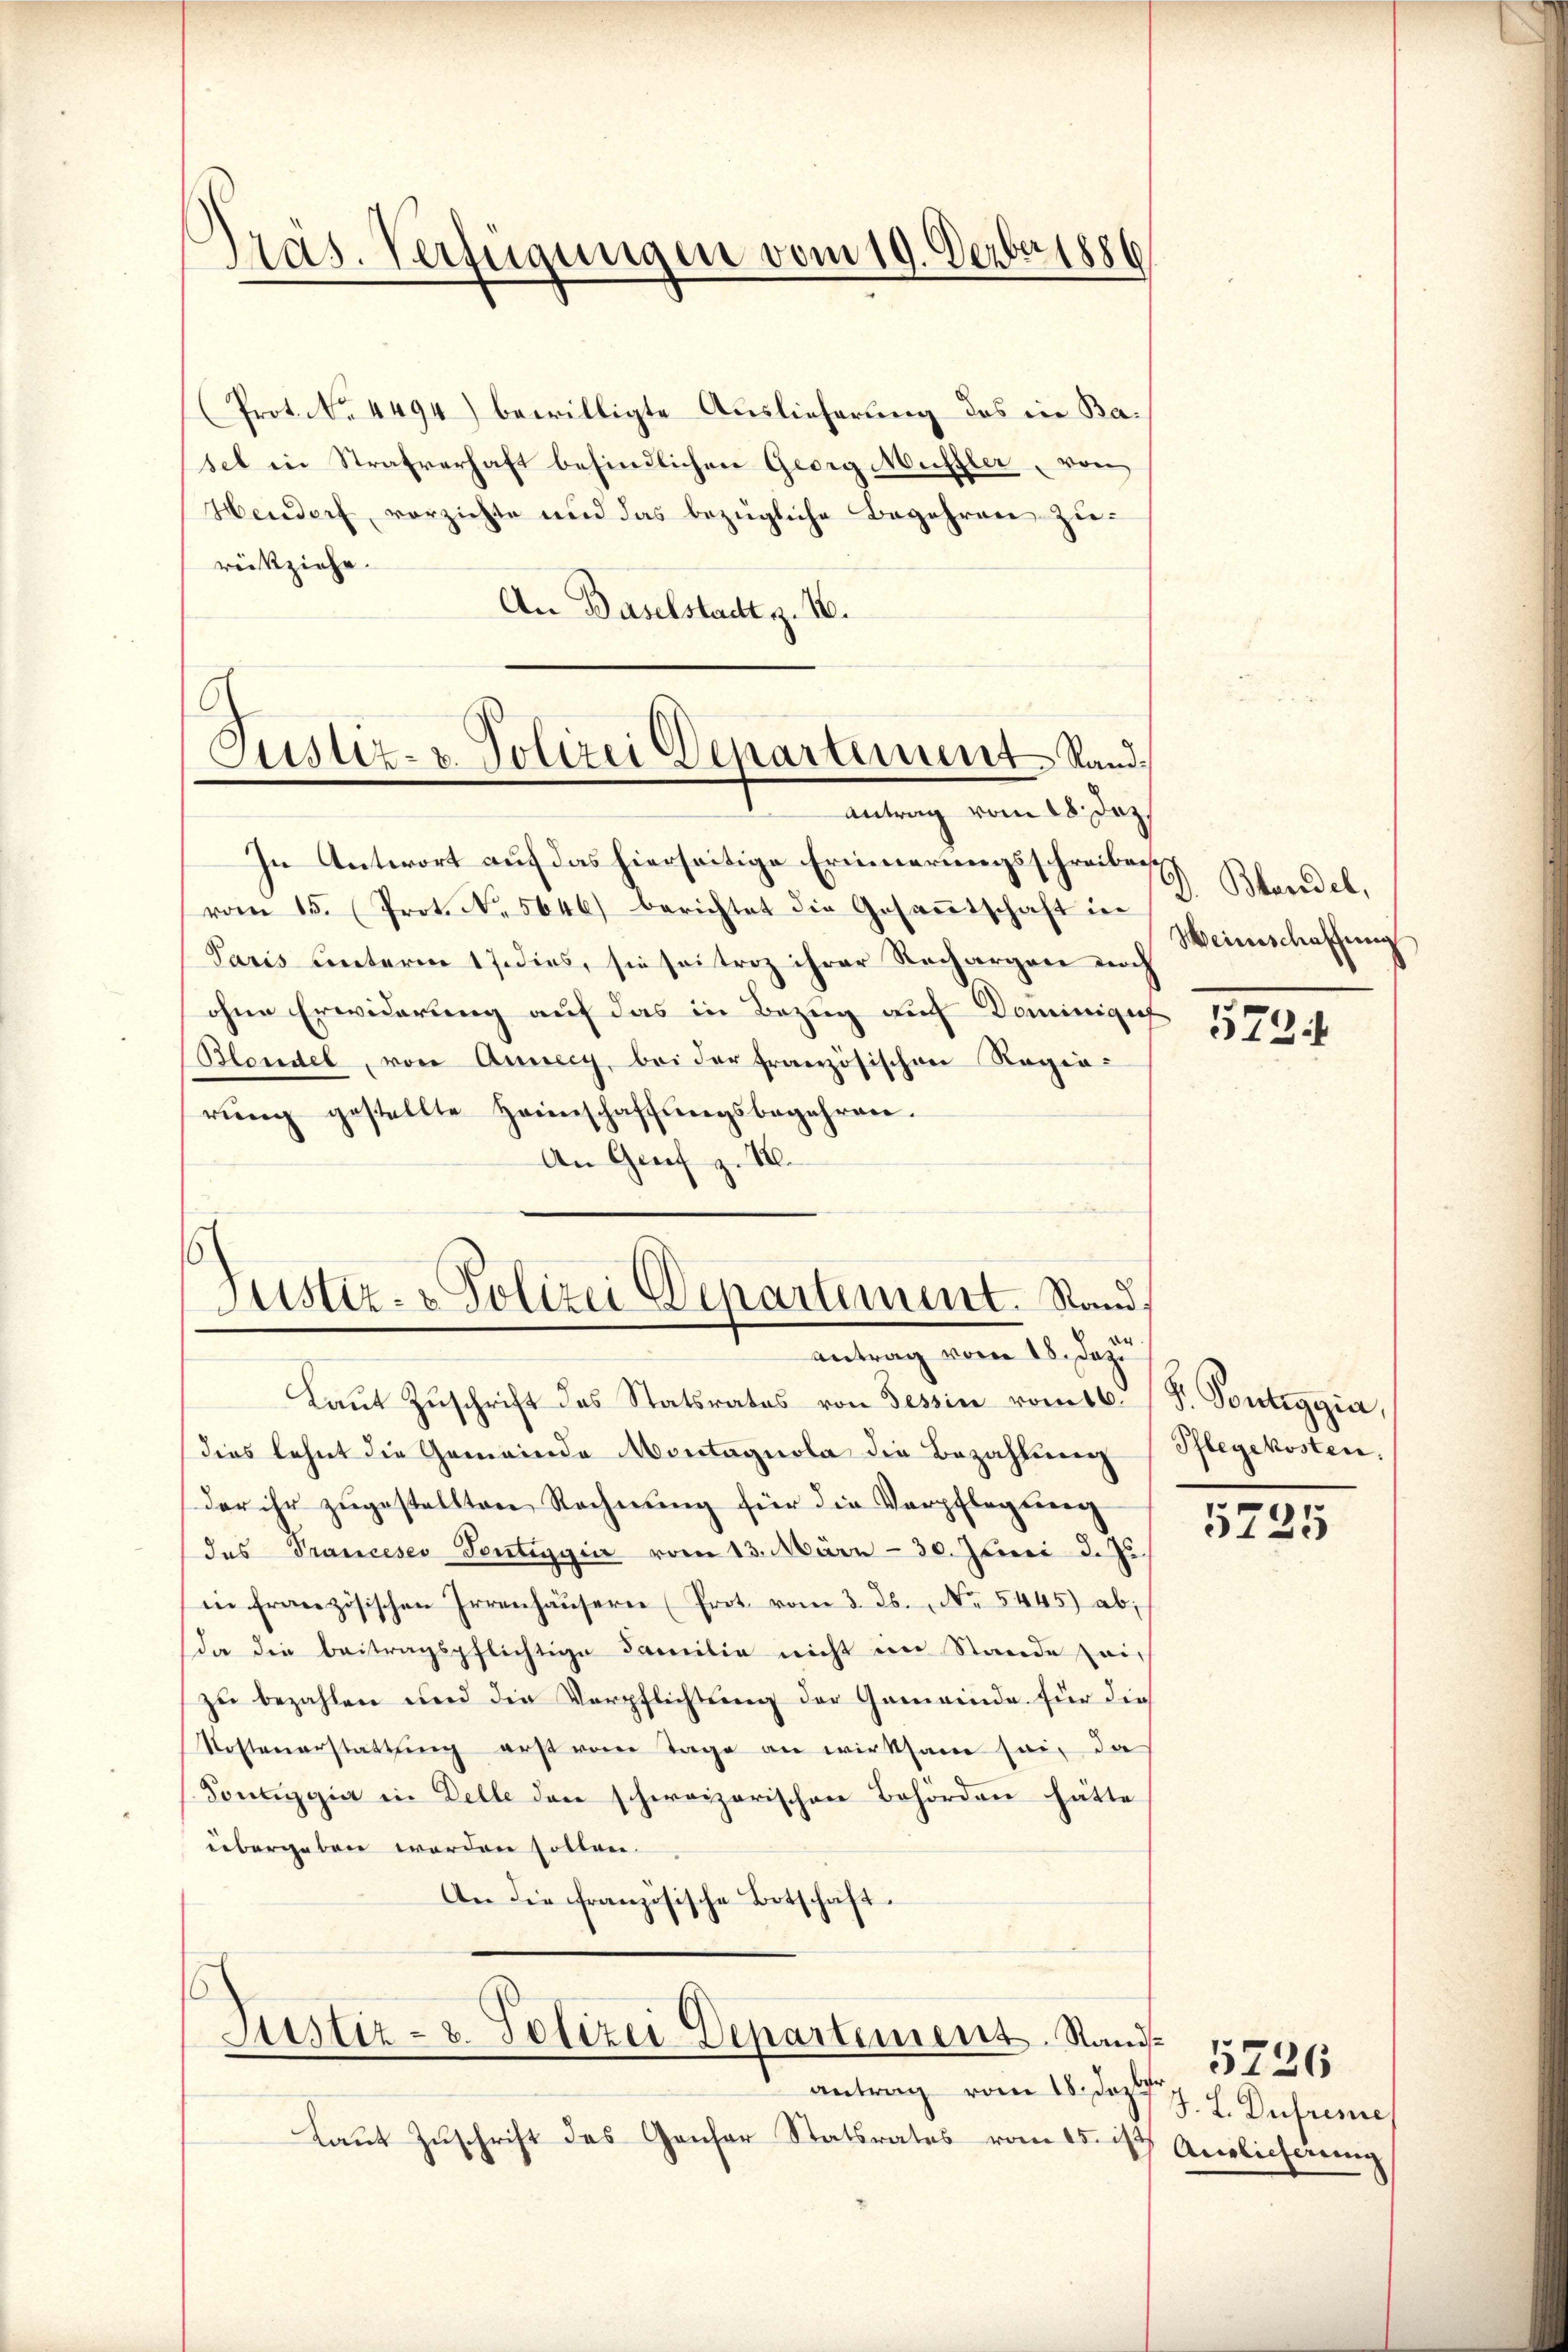
Präs. Verfügungen vom 19. Verber 1886

Justiz- & Polizei Departement Sand¬
Antrag vom 18. Dez.

(Prot. No. 4494) bewilligte Auslieferung des in Basel in Strafverhaft befindlichen Georg Muffler, von
Hendorf vorzichte und das bezügliche Begehren zurückziehe.
An Baselstadt z. 16.
In Antwort auf das hierseitige Erinnerungsschreiben
vom 15. Prot. N. 5646) berichtet die Gesaṁtschaft in
Paris unterm 17. dies, sie sei troz ihrer Nachargen noch
ohne Erwiderung auf das in Bezug auf Dominigu
Blendel, von Anneey, bei der französischen Regierŭng gestellte Heimschaffungsbegehren.
An Genf z. 1.

d
Justiz- & Polizei Departement. Stand,
en
antrag vom 18. Dez.
Laut Zuschrift des Statsrates von Tessin vom 16. F. Vontiggia,

Justiz- u. Polizei Departement. Sandantrag vom 18. Dezbr.
Laut Zuschrift des Genfer Statsrates vom 15. ds. Auslicherung

D. Blandel,
Weinschaffung

dies lehnt die Gemeinde Montagnola die Bezahlung (Pflegekosten,
der ihr zugestellten Rechnung für die Verpflegung
das Pranceses Sentingen vom 13. März - 30. Juni d. Js.
in französischen Irrenhäŭsern (Prot. vom 3. ds. No. 5445) ab;
da die beitragspflichtige Familie nicht im Stande seizu bezahlen und die Verpflichtung der Gemeinde für die
Kostenerstattung erst vom Tage an wirksam sei, da
Sonliggia in Delle den schweizerischen Behörden hätte
übergeben werden sollen.
An die französische Botschäft.

5724

5725

J. L. Dureme

5226